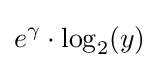
e^{\gamma }\cdot \log _{2}(y)